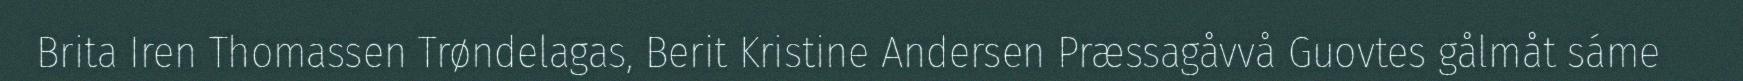
Brita Iren Thomassen Trøndelagas, Berit Kristine Andersen Præssagåvvå Guovtes gålmåt sáme